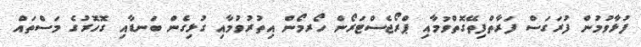
ފުޅާވުމުން ފުރަގަސް ފަރާތްފިތޭގޮތްވުމާއި ޕްރޯޖެސްޓަރޯން ހޯރމޯން އިތުރުވުމާއި ގުޅިގެން ބަނޑާއި ގޮހޮރުގެ މަސްތައް